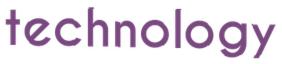
technology